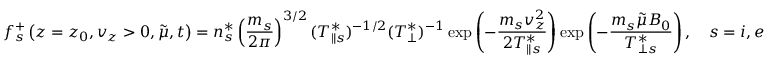
f _ { s } ^ { + } \left( z = z _ { 0 } , v _ { z } > 0 , \Tilde { \mu } , t \right) = n _ { s } ^ { * } \left( \frac { m _ { s } } { 2 \pi } \right) ^ { 3 / 2 } ( T _ { \| s } ^ { * } ) ^ { - 1 / 2 } ( T _ { \perp } ^ { * } ) ^ { - 1 } \exp \left( - \frac { m _ { s } v _ { z } ^ { 2 } } { 2 T _ { \| s } ^ { * } } \right) \exp \left( - \frac { m _ { s } \Tilde { \mu } B _ { 0 } } { T _ { \perp s } ^ { * } } \right) , \quad s = i , e